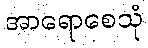
အာရောစေသုံ